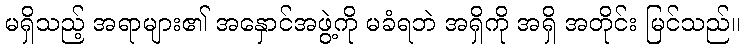
မရှိသည့် အရာများ၏ အနှောင်အဖွဲ့ကို မခံရဘဲ အရှိကို အရှိ အတိုင်း မြင်သည်။